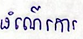
ដំណើរការ